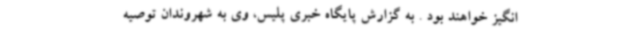
انگیز خواهند بود . به گزارش پایگاه خبری پلیس، وی به شهروندان توصیه